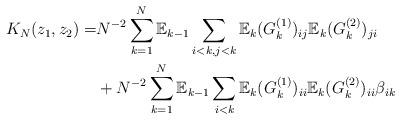
LaTeX: \begin{align*}K_{N}(z_{1},z_{2}) = &N^{-2}\sum_{k=1}^{N}\mathbb{E}_{k-1}\sum_{i<k,j<k}\mathbb{E}_{k}(G^{(1)}_{k})_{ij}\mathbb{E}_{k}(G^{(2)}_{k})_{ji} \\&+N^{-2}\sum_{k=1}^{N}\mathbb{E}_{k-1}\sum_{i<k}\mathbb{E}_{k}(G^{(1)}_{k})_{ii}\mathbb{E}_{k}(G^{(2)}_{k})_{ii}\beta_{ik} \end{align*}